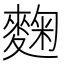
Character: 麴